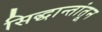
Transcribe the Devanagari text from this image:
सिद्धान्तांतून